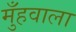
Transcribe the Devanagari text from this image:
मुँहवाला